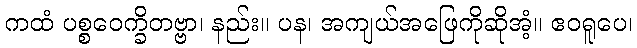
ကထံ ပစ္စဝေက္ခိတဗ္ဗာ၊ နည်း။ ပန၊ အကျယ်အဖြေကိုဆိုအံ့။ ဧဝရူပေ၊